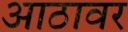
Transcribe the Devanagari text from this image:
आठावर